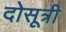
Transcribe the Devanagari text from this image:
दोसूत्री